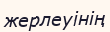
жерлеуінің